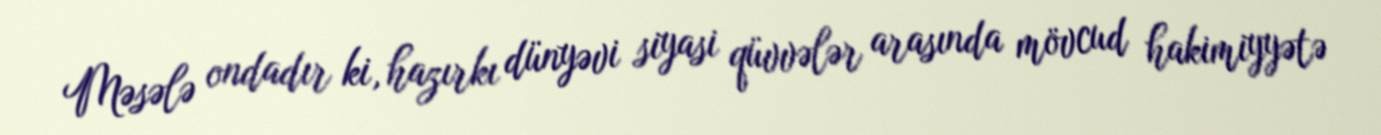
Məsələ ondadır ki, hazırkı dünyəvi siyasi qüvvələr arasında mövcud hakimiyyətə